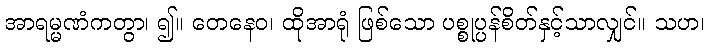
အာရမ္မဏံကတွာ၊ ၍။ တေနေဝ၊ ထိုအာရုံ ဖြစ်သော ပစ္စုပ္ပန်စိတ်နှင့်သာလျှင်။ သဟ၊